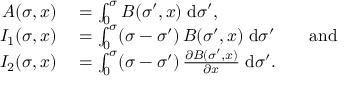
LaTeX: \begin{array} { r l } { A ( \sigma , x ) } & { { } = \int _ { 0 } ^ { \sigma } B ( \sigma ^ { \prime } , x ) \; \mathrm { d } \sigma ^ { \prime } , } \\ { I _ { 1 } ( \sigma , x ) } & { { } = \int _ { 0 } ^ { \sigma } ( \sigma - \sigma ^ { \prime } ) \, B ( \sigma ^ { \prime } , x ) \; \mathrm { d } \sigma ^ { \prime } \qquad { \mathrm { a n d } } } \\ { I _ { 2 } ( \sigma , x ) } & { { } = \int _ { 0 } ^ { \sigma } ( \sigma - \sigma ^ { \prime } ) \, { \frac { \partial B ( \sigma ^ { \prime } , x ) } { \partial x } } \; \mathrm { d } \sigma ^ { \prime } . } \end{array}